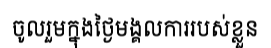
ចូលរួមក្នុងថ្ងៃមង្គលការរបស់ខ្លួន